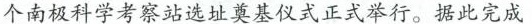
个南极科学考察站选址奠基仪式正式举行。据此完成